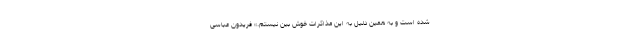
شده است ‌و به همین دلیل به این مذاکرات خوش بین نیستم.» فریدون عباسی